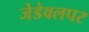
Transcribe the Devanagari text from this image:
जेडेवलपर